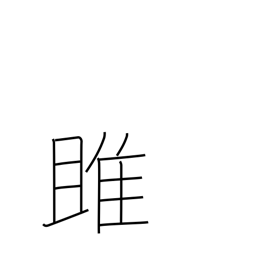
Meaning: osprey